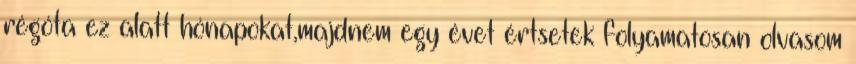
régóta ez alatt hónapokat,majdnem egy évet értsetek folyamatosan olvasom